Scottish Leaving Certificate Examination, 1959
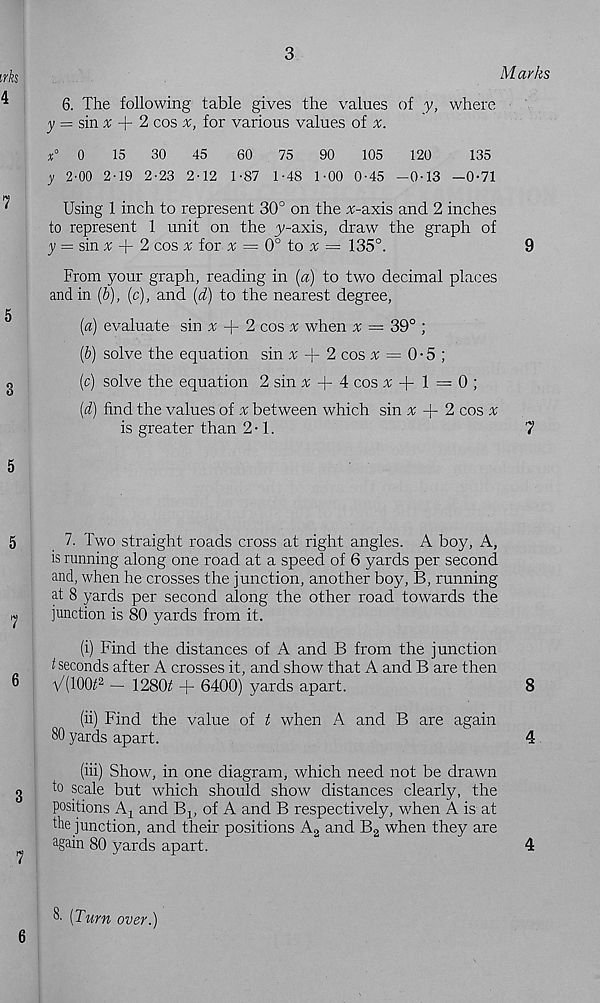
irks
4
7
5
8
5
5
7
6
3
7
6
3
Marks
6. The following table gives the values of y, where
y = sin x -j- 2 cos x, for various values of
x° 0
15
30
45
60
75
90
105
120
135
y 2’00 2-19 2-23 2-12 1-87 1-48 1-00 0-45 - 0-13 -0-71
Using 1 inch to represent 30° on the ^-axis and 2 inches
to represent 1 unit on the ^-axis, draw the graph of
y — smx
2 cos ^ for x — 0° to x = 135°.
9
From your graph, reading in (a) to two decimal places
and in (b), (c), and (d) to the nearest degree,
(a) evaluate sin x
2 cos ^ when ^ = 39° ;
(b) solve the equation sin v -}- 2 cos ^ = 0 • 5 ;
(c) solve the equation 2 sin x
4 cos + 1 = 0 ;
(d) find the values of a; between which sin % + 2 cos %
is greater than 2 • 1.
7
7. Two straight roads cross at right angles. A boy, A,
is running along one road at a speed of 6 yards per second
and, when he crosses the junction, another boy, B, running
at 8 yards per second along the other road towards the
junction is 80 yards from it.
(i) Find the distances of A and B from the junction
^ seconds after A crosses it, and show that A and B are then
V(100^2 — 1280£ + 6400) yards apart.
8
(ii) Find the value of t when A and B are again
80 yards apart.
4
(iii) Show, in one diagram, which need not be drawn
to scale but which should show distances clearly, the
positions
and Bj, of A and B respectively, when A is at
the junction, and their positions A 2 and B 2 when they are
again 80 yards apart.
4
8’ [Turn over.)